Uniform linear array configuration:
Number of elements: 24
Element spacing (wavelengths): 0.75
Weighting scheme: uniform
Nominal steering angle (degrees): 30
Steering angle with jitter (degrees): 31.26
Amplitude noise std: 0.05
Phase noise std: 0.05

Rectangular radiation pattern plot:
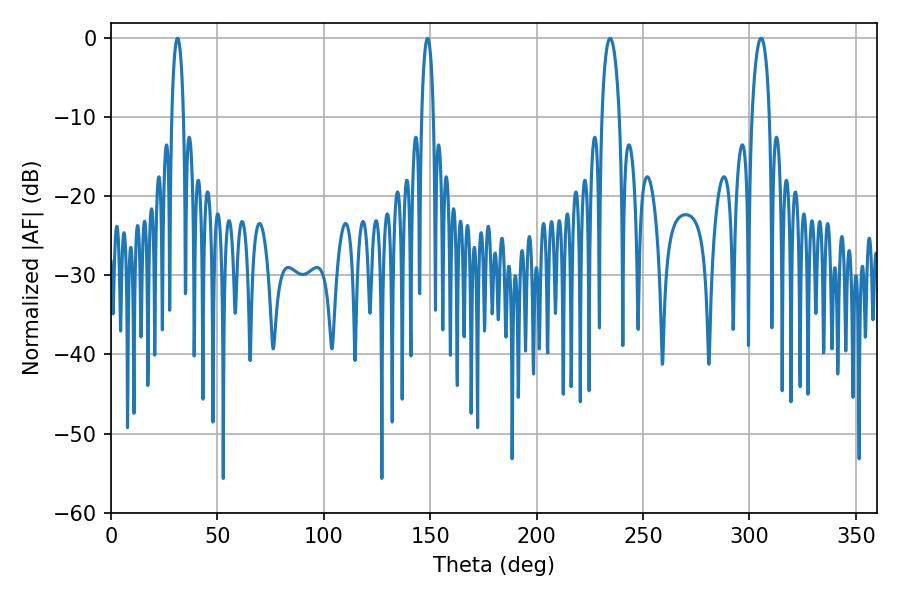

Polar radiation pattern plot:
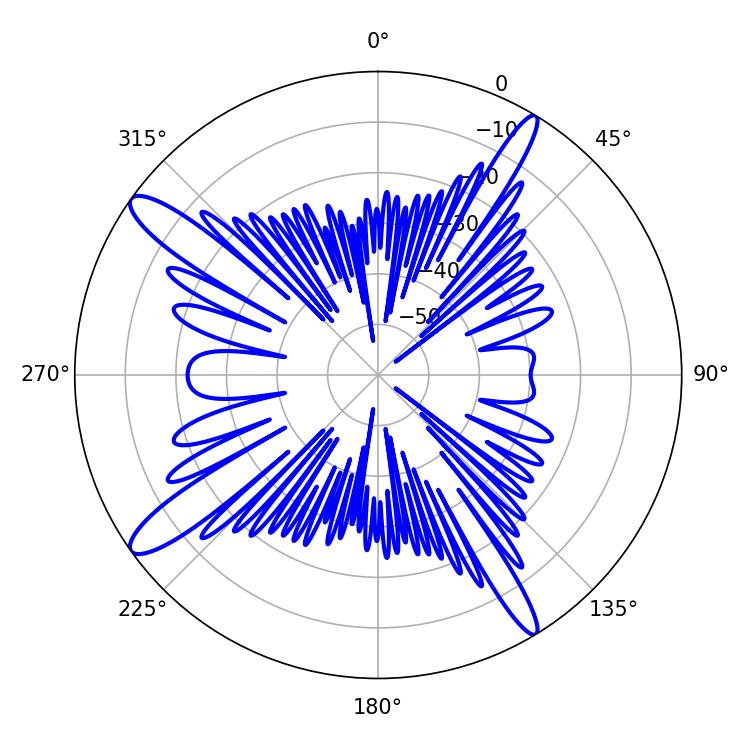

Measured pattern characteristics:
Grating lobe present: TRUE
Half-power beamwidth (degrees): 4.68
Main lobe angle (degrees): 305.46